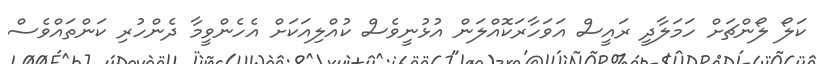
ކަލޯ ލޯންޗަށް ހަމަލާދީ ރައީސް އަވަހާރަކޮއްލަން އުޅުނީވެސް ކުއްލިއަކަށް އެހެންވީމާ ދެންހުރި ކަންތައްވެސް